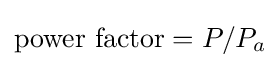
{\mbox{power factor}}=P/P_{a}